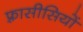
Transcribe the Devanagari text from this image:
फ़्रासीसियों